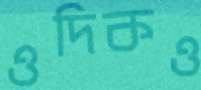
ওদিকও